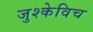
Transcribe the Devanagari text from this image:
जुश्केविच